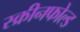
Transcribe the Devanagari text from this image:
स्क्रीनफोल्ड